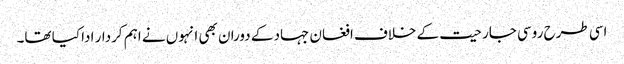
اسی طرح روسی جارحیت کے خلاف افغان جہاد کے دوران بھی انہوں نے اہم کردار ادا کیا تھا۔